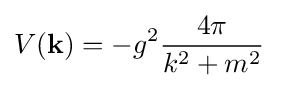
V(\mathbf {k} )=-g^{2}{\frac {4\pi }{k^{2}+m^{2}}}~